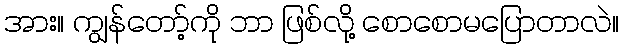
အား။ ကျွန်တော့်ကို ဘာ ဖြစ်လို့ စောစောမပြောတာလဲ။